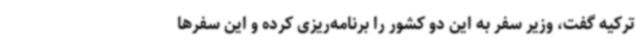
ترکیه گفت، وزیر سفر به این دو کشور را برنامه‌ریزی کرده و این سفرها